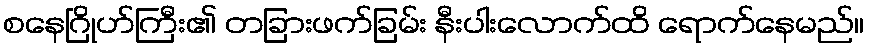
စနေဂြိုဟ်ကြီး၏ တခြားဖက်ခြမ်း နီးပါးလောက်ထိ ရောက်နေမည်။